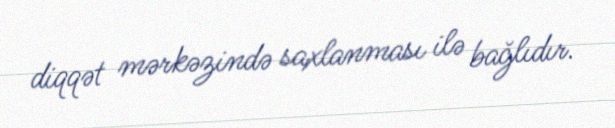
diqqət mərkəzində saxlanması ilə bağlıdır.